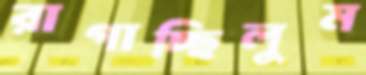
রাগাচ্ছিলুম